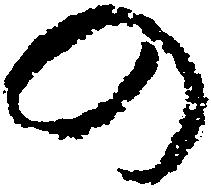
の